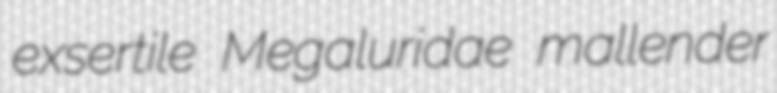
exsertile Megaluridae mallender